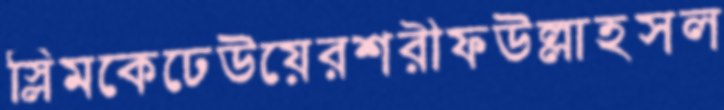
স্লিমকেঢেউয়েরশরীফউল্লাহসল